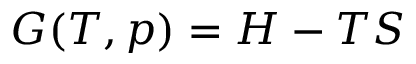
G ( T , p ) = H - T S